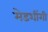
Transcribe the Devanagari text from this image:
मेडशींगी